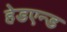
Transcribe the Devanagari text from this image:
हेडएन्ड